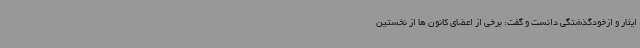
ایثار و ازخودگذشتگی دانست و گفت: برخی از اعضای کانون ها از نخستین